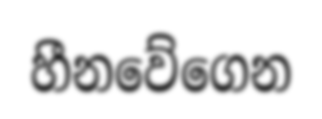
හීනවේගෙන